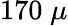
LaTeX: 170\; \mu